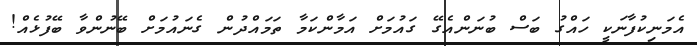
އެމަނިކުފާނަކީ ހައްގު ބަސް ބުނަންއެގޭ ގައުމަށް އަމާންކަމާ ތަމައްދުން ގެނައުމަށް ބޭނުންވާ ބޭފުޅެއް!